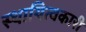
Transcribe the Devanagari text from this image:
स्थायित्वकारी